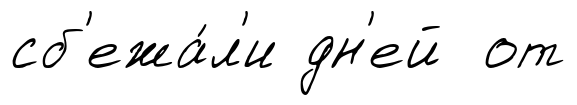
сб'ежа́л'и дн'ей от